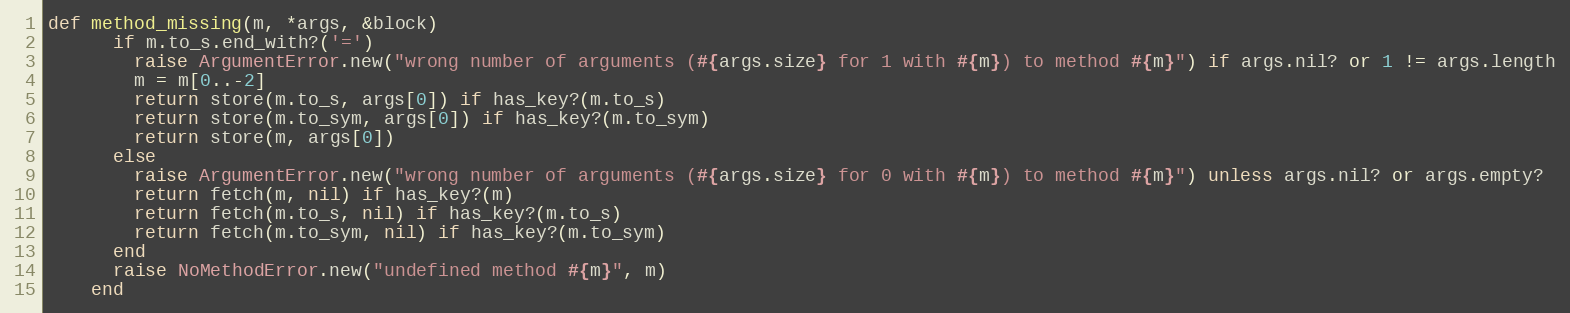
Language: Ruby
def method_missing(m, *args, &block)
      if m.to_s.end_with?('=')
        raise ArgumentError.new("wrong number of arguments (#{args.size} for 1 with #{m}) to method #{m}") if args.nil? or 1 != args.length
        m = m[0..-2]
        return store(m.to_s, args[0]) if has_key?(m.to_s)
        return store(m.to_sym, args[0]) if has_key?(m.to_sym)
        return store(m, args[0])
      else
        raise ArgumentError.new("wrong number of arguments (#{args.size} for 0 with #{m}) to method #{m}") unless args.nil? or args.empty?
        return fetch(m, nil) if has_key?(m)
        return fetch(m.to_s, nil) if has_key?(m.to_s)
        return fetch(m.to_sym, nil) if has_key?(m.to_sym)
      end
      raise NoMethodError.new("undefined method #{m}", m)
    end